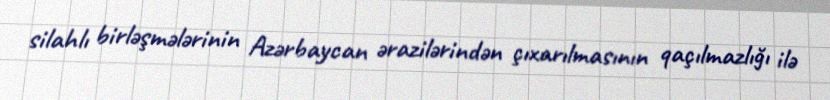
silahlı birləşmələrinin Azərbaycan ərazilərindən çıxarılmasının qaçılmazlığı ilə